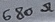
Text: 680Ω